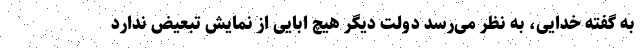
به گفته خدایی، به نظر می‌رسد دولت دیگر هیچ ابایی از نمایش تبعیض ندارد